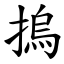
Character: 摀